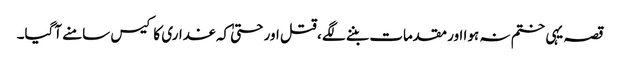
قصہ یہی ختم نہ ہوا اور مقدمات بننے لگے ، قتل اور حتیٰ کہ غداری کا کیس سامنے آگیا۔